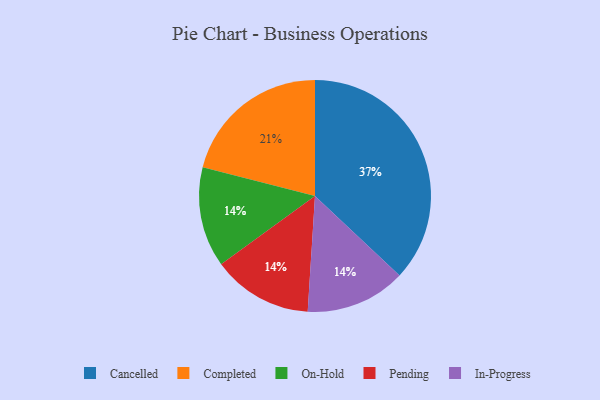
{"axis": {"x": "Category", "y": "Percentage"}, "legend": ["Cancelled", "Completed", "In-Progress", "On-Hold", "Pending"], "data": [{"x": "On-Hold", "y": 14, "type": "On-Hold"}, {"x": "Pending", "y": 14, "type": "Pending"}, {"x": "In-Progress", "y": 14, "type": "In-Progress"}, {"x": "Cancelled", "y": 37, "type": "Cancelled"}, {"x": "Completed", "y": 21, "type": "Completed"}]}